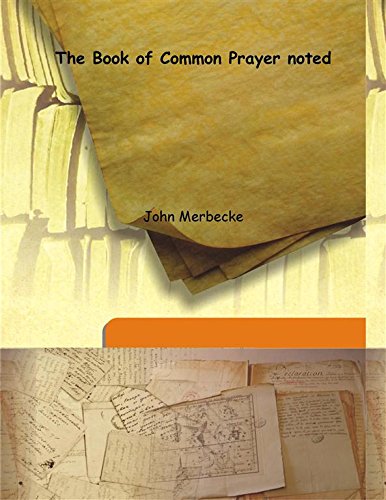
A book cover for The Book of Common Prayer noted; John Merbecke; Christian Books & Bibles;